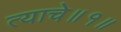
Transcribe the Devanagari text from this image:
त्याचे॥१॥